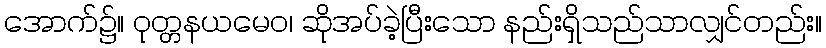
အောက်၌။ ဝုတ္တနယမေဝ၊ ဆိုအပ်ခဲ့ပြီးသော နည်းရှိသည်သာလျှင်တည်း။